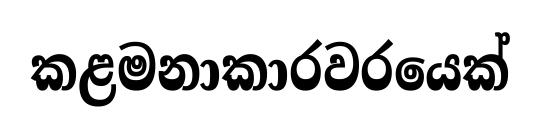
කළමනාකාරවරයෙක්